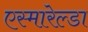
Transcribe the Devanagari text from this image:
एस्मारेल्डा